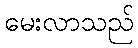
မေးလာသည်